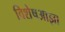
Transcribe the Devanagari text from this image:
विशेषआज्ञा